Vaccine operations Central Provinces 1868-1885 - 1868-1885
Year: 1868
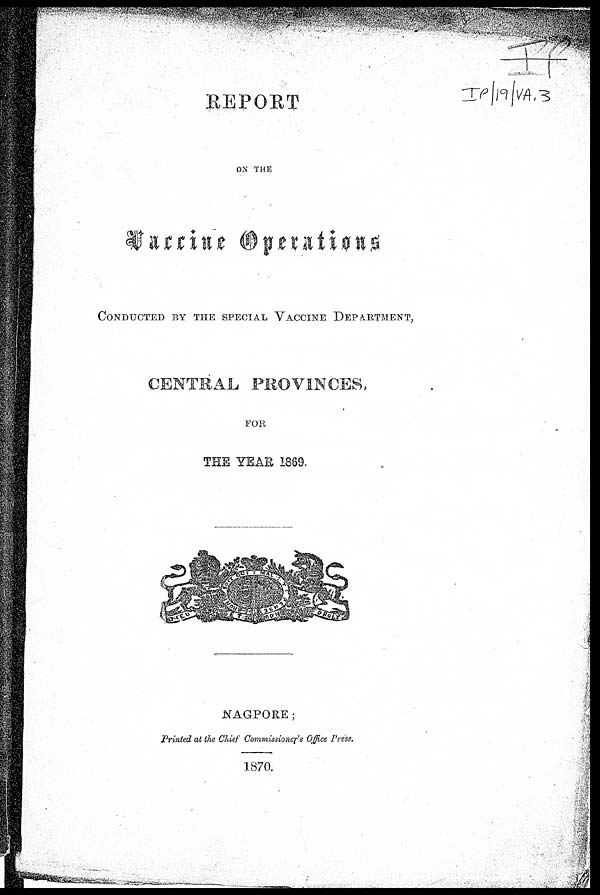
REPORT
ON THE
VACCINATION OPERATIONS
CONDUCTED BY THE SPECIAL VACCINE DEPARTMENT,
CENTRAL PROVINCES,
FOR
THE YEAR 1889.
NAGPORE;
Printed at the Chief Commissioner's Office Press.
1870.